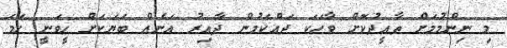
މި ނިންމުމަށް ތާއީދުކޮށް ވާހަކަ ދައްކަމުން ދާއިރު އަނެއް ބަޔަކަށް ހީވަނީ ހަމަ